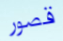
قصور